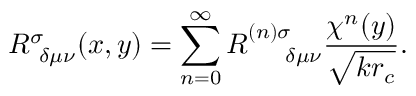
R _ { ~ \delta \mu \nu } ^ { \sigma } ( x , y ) = \sum _ { n = 0 } ^ { \infty } R _ { ~ ~ ~ ~ \delta \mu \nu } ^ { ( n ) \sigma } \frac { \chi ^ { n } ( y ) } { \sqrt { k r _ { c } } } .